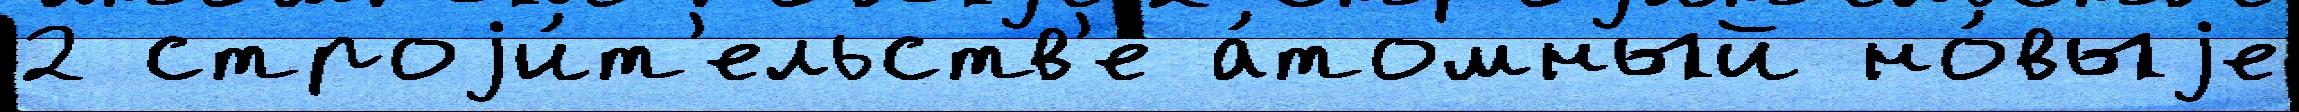
2 строjи́т'ельств'е а́томный но́выjе